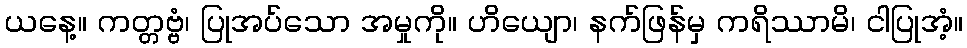
ယနေ့။ ကတ္တဗ္ဗံ၊ ပြုအပ်သော အမှုကို။ ဟိယျော၊ နက်ဖြန်မှ ကရိဿာမိ၊ ငါပြုအံ့။